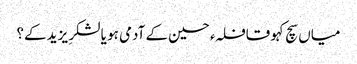
میاں سچ کہو قافلہء حسین کے آدمی ہو یا لشکرِ یزید کے؟